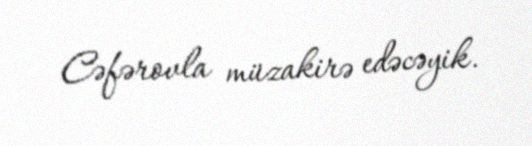
Cəfərovla müzakirə edəcəyik.